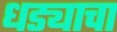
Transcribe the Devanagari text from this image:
धड्याचा